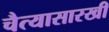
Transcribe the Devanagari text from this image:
चैत्यासारखी